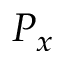
P _ { x }